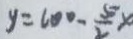
y = 6 0 0 - \frac { 5 } { 2 } x